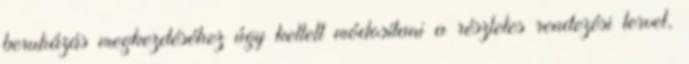
beruházás megkezdéséhez úgy kellett módosítani a részletes rendezési tervet,